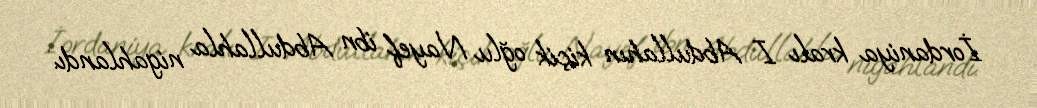
İordaniya kralı I Abdullahın kiçik oğlu Nayef ibn Abdullahla nigahlandı.